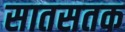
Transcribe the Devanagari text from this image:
सातसतक